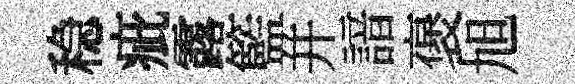
稳疵露籃幷諳褒旭